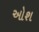
ઓશ